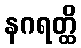
နဂရတ္ထိ